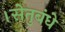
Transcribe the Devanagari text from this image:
।सेतुबंधे